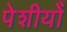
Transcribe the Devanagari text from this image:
पेशीयोँ